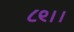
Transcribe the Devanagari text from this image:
८९।।